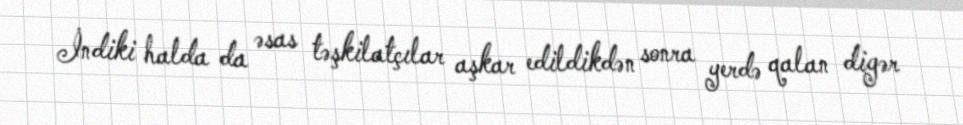
İndiki halda da əsas təşkilatçılar aşkar edildikdən sonra yerdə qalan digər